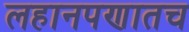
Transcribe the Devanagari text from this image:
लहानपणातच